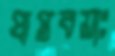
প্রাপ্তবয়াঃ